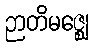
ဉာတိမဇ္ဈေ